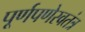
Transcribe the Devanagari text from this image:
पूर्णपणेस्वतंत्र